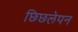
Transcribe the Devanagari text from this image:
छिछलेपन